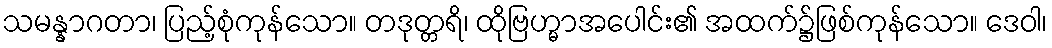
သမန္နာဂတာ၊ ပြည့်စုံကုန်သော။ တဒုတ္တရိ၊ ထိုဗြဟ္မာအပေါင်း၏ အထက်၌ဖြစ်ကုန်သော။ ဒေဝါ၊